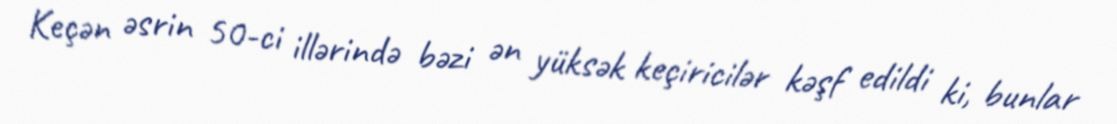
Keçən əsrin 50-ci illərində bəzi ən yüksək keçiricilər kəşf edildi ki, bunlar